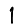
Digit: 1